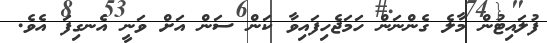
ފުލައިޓުން މާލެ ގެންނަން ހަމަޖެހިފައިވާ ކަން ސަން އަށް ވަނީ އެނގިފަ އެވެ.